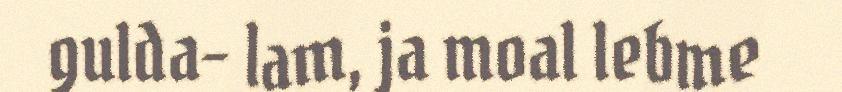
gulda- lam, ja moal lebme